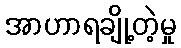
အာဟာရချို့တဲ့မှု